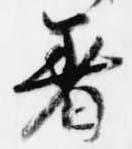
着